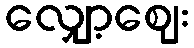
လျှော့ဈေး